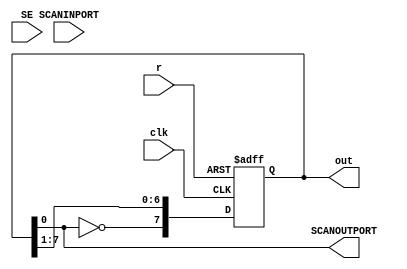
`timescale 1ns/1ps
module Johnson_count(SCANINPORT,SCANOUTPORT,SE,clk, r, out);
parameter size=7;
input clk,SCANINPORT,SE;
input r;
output SCANOUTPORT;
output [0:size]out;
reg [0:size]out;

always @ (posedge clk or posedge r)
	begin
		if (r) 
			out= 8'b0000_0000;
		else
			out={~out[size],out[0:size-1]};   
	end

assign SCANOUTPORT = out[size];

endmodule





/*module test;
parameter size=7;
reg clk;
reg r;
wire [0:size]out;

Johnson_count xJohnson_count(clk,r,out);


initial begin 
		clk=1;
		r=0;
		#5 r=1;
		#5 r=0;
		#20 $finish;	
	end
always #2 clk=~clk;


endmodule*/